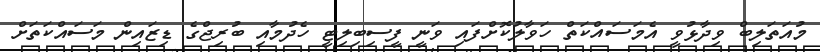
މުއަތަލިބް ވިދާޅުވީ އެމަސައްކަތް ހަވާލުކޮށްފައި ވަނީ ފީސިބިލިޓީ ހެދުމާއި ބުރިޖްގެ ޑިޒައިން މަސައްކަތަށް